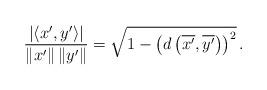
LaTeX: \begin{align*}\frac{|\langle x',y'\rangle|}{\|x'\|\, \|y'\|}= \sqrt{1- \left(d\left (\overline{x'},\overline{y'}\right)\right )^2}\, .\end{align*}